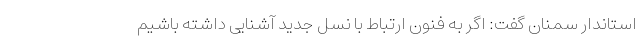
استاندار سمنان گفت: اگر به فنون ارتباط با نسل جدید آشنایی داشته باشیم